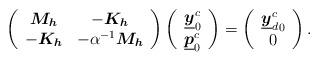
LaTeX: \begin{align*} \left( \begin{array}{cc} \boldsymbol{M_h} & -\boldsymbol{K_h} \\ -\boldsymbol{K_h} & - \alpha^{-1} \boldsymbol{M_h} \end{array} \right) \left( \begin{array}{c} \underline{\boldsymbol{y}}_0^c \\ \underline{\boldsymbol{p}}_0^c \end{array} \right) = \left( \begin{array}{c} {\underline{\boldsymbol{y}}_d^c}_0 \\ 0 \end{array} \right).\end{align*}